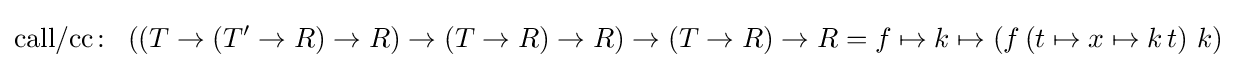
{\text{call/cc}}\colon \ \left(\left(T\rightarrow \left(T'\rightarrow R\right)\rightarrow R\right)\rightarrow \left(T\rightarrow R\right)\rightarrow R\right)\rightarrow \left(T\rightarrow R\right)\rightarrow R=f\mapsto k\mapsto \left(f\left(t\mapsto x\mapsto k\,t\right)\,k\right)